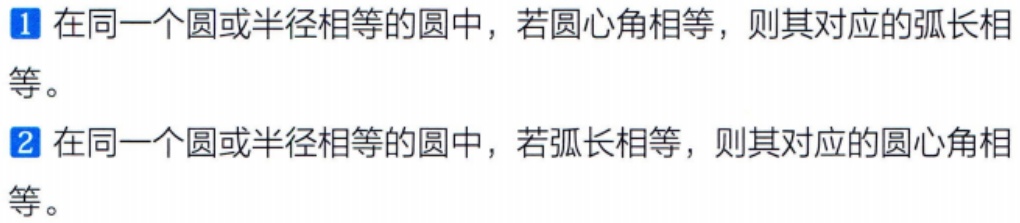
1. 在同一个圆或半径相等的圆中，若圆心角相等，则其对应的弧长相等。

2. 在同一个圆或半径相等的圆中，若弧长相等，则其对应的圆心角相等。